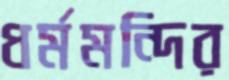
ধর্মমন্দির